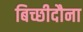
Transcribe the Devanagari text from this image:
बिच्छीदौना